Bulletin of the Pasteur Institute of Southern India, Coonoor - No. 2.
Year: 1909
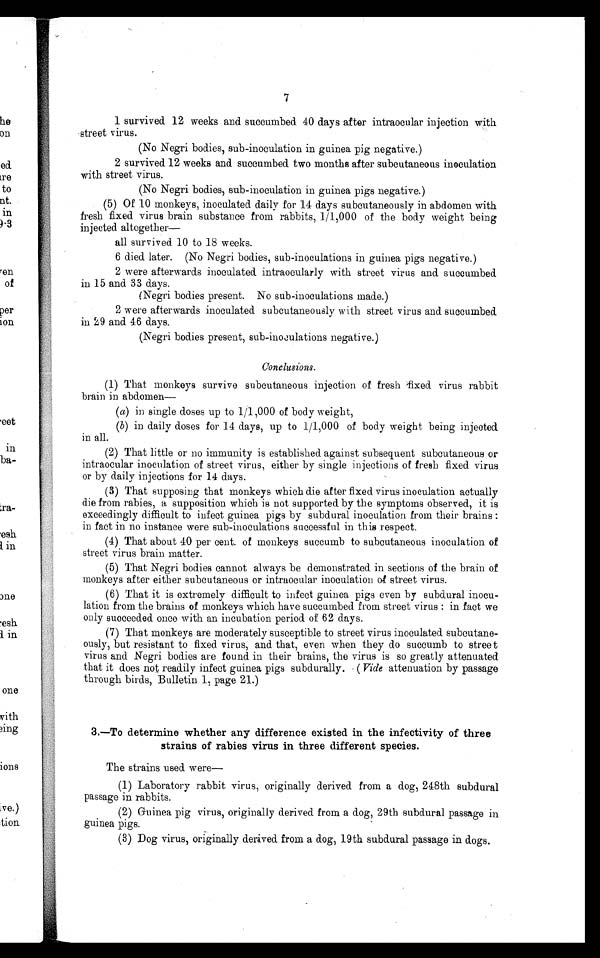
7
1 survived 12 weeks and succumbed 40 days after intraocular injection with
street virus.
(No Negri bodies, sub-inoculation in guinea pig negative.)
2 survived 12 weeks and succumbed two months after subcutaneous inoculation
with street virus.
(No Negri bodies, sub-inoculation in guinea pigs negative.)
(5) Of 10 monkeys, inoculated daily for 14 days subcutaneously in abdomen with
fresh fixed virus brain substance from rabbits, 1/1,000 of the body weight being
injected altogether
all survived 10 to 18 weeks.
6 died later. (No Negri bodies, sub-inoculations in guinea pigs negative.)
2 were afterwards inoculated intraocularly with street virus and succumbed
in 15 and 33 days.
(Negri bodies present. No sub-inoculations made.)
2 were afterwards inoculated subcutaneously with street virus and succumbed.
in 29 and 46 days.
(Negri bodies present, sub-inoculations negative.)
Conclusions.
(1) That monkeys survive subcutaneous injection of fresh fixed virus rabbit
brain in abdomen—
(a) in single doses up to 1/1,000 of body weight,
(b) in daily doses for 14 days, up to 1/1,000 of body weight being injected
in all.
(2) That little or no immunity is established against subsequent subcutaneous or
intraocular inoculation of street virus, either by single injections of fresh fixed virus
or by daily injections for 14 days.
(3) That supposing that monkeys which die after fixed virus inoculation actually
die from rabies, a supposition which is not supported. by the symptoms observed, it is
exceedingly difficult to infect guinea pigs by subdural inoculation from their brains:
in fact in no instance were sub-inoculations successful in this respect.
(4) That about 40 per cent. of monkeys succumb to subcutaneous inoculation of
street virus brain matter.
(5) That Negri bodies cannot always be demonstrated in sections of the brain of
monkeys after either subcutaneous or intraocular inoculation of street virus.
(6) That it is extremely difficult to infect guinea pigs even by subdural inocu-
lation from the brains of monkeys which have succumbed from street virus: in fact we
only succeeded once with an incubation period of 62 days.
(7) That monkeys are moderately susceptible to street virus inoculated subcutane-
ously, but resistant to fixed virus, and that, even when they do succumb to street
virus and Negri bodies are found in their brains, the virus is so greatly attenuated
that it does not readily infect guinea pigs subdurally. ( Vide attenuation by passage
through birds, Bulletin 1, page 21.)
3.—To determine whether any difference existed in the infectivity of three
strains of rabies virus in three different species.
The strains used were
(1) Laboratory rabbit virus, originally derived from a dog, 248th subdural
passage in rabbits.
(2) Guinea pig virus, originally derived from a dog, 29th subdural passage in
guinea pigs.
(3) Dog virus, originally derived from a dog, 19th subdural passage in dogs.